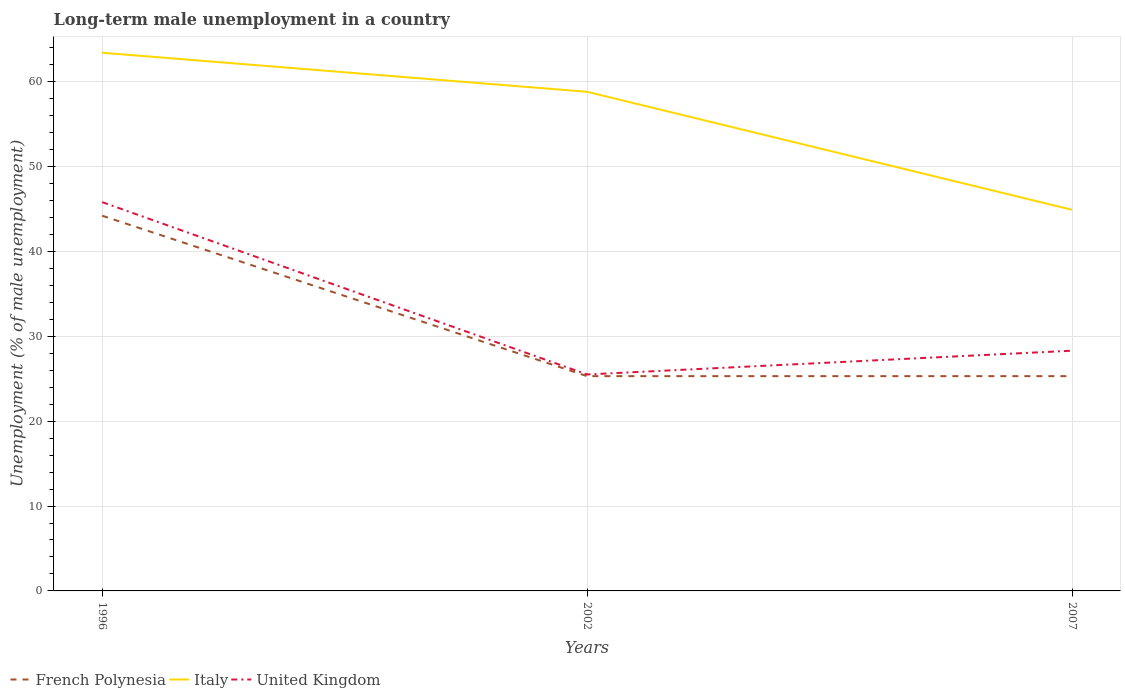
| Years | French Polynesia | Italy | United Kingdom |
 | --- | --- | --- | --- |
 | 1996 | 44.2 | 63.4 | 45.8 |
 | 2002 | 25.3 | 58.8 | 25.5 |
 | 2007 | 25.3 | 44.9 | 28.3 |